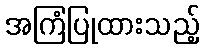
အကြံပြုထားသည့်